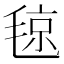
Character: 𣮘